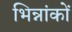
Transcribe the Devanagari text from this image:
भिन्नांकों